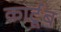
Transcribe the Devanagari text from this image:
कार्टूब